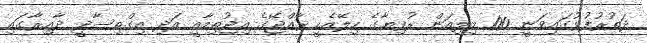
ދަތުރުފުޅުގައިވަނީ 100 މިލިއަން ރުފިޔާގެ ހިލޭއެހީ ރާއްޖޭގެ އިޖުތިމާއީ އަދި އިގްތިސާދީ ދާއިރާގައި